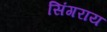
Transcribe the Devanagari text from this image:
सिंगराय